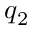
q _ { 2 }